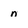
Character: n